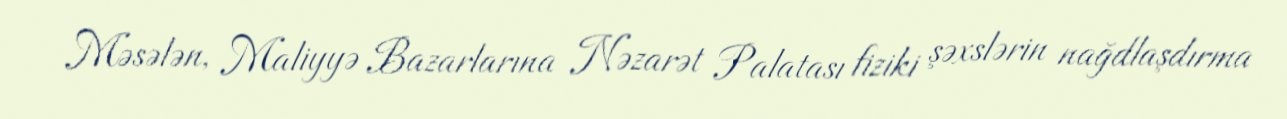
Məsələn, Maliyyə Bazarlarına Nəzarət Palatası fiziki şəxslərin nağdlaşdırma